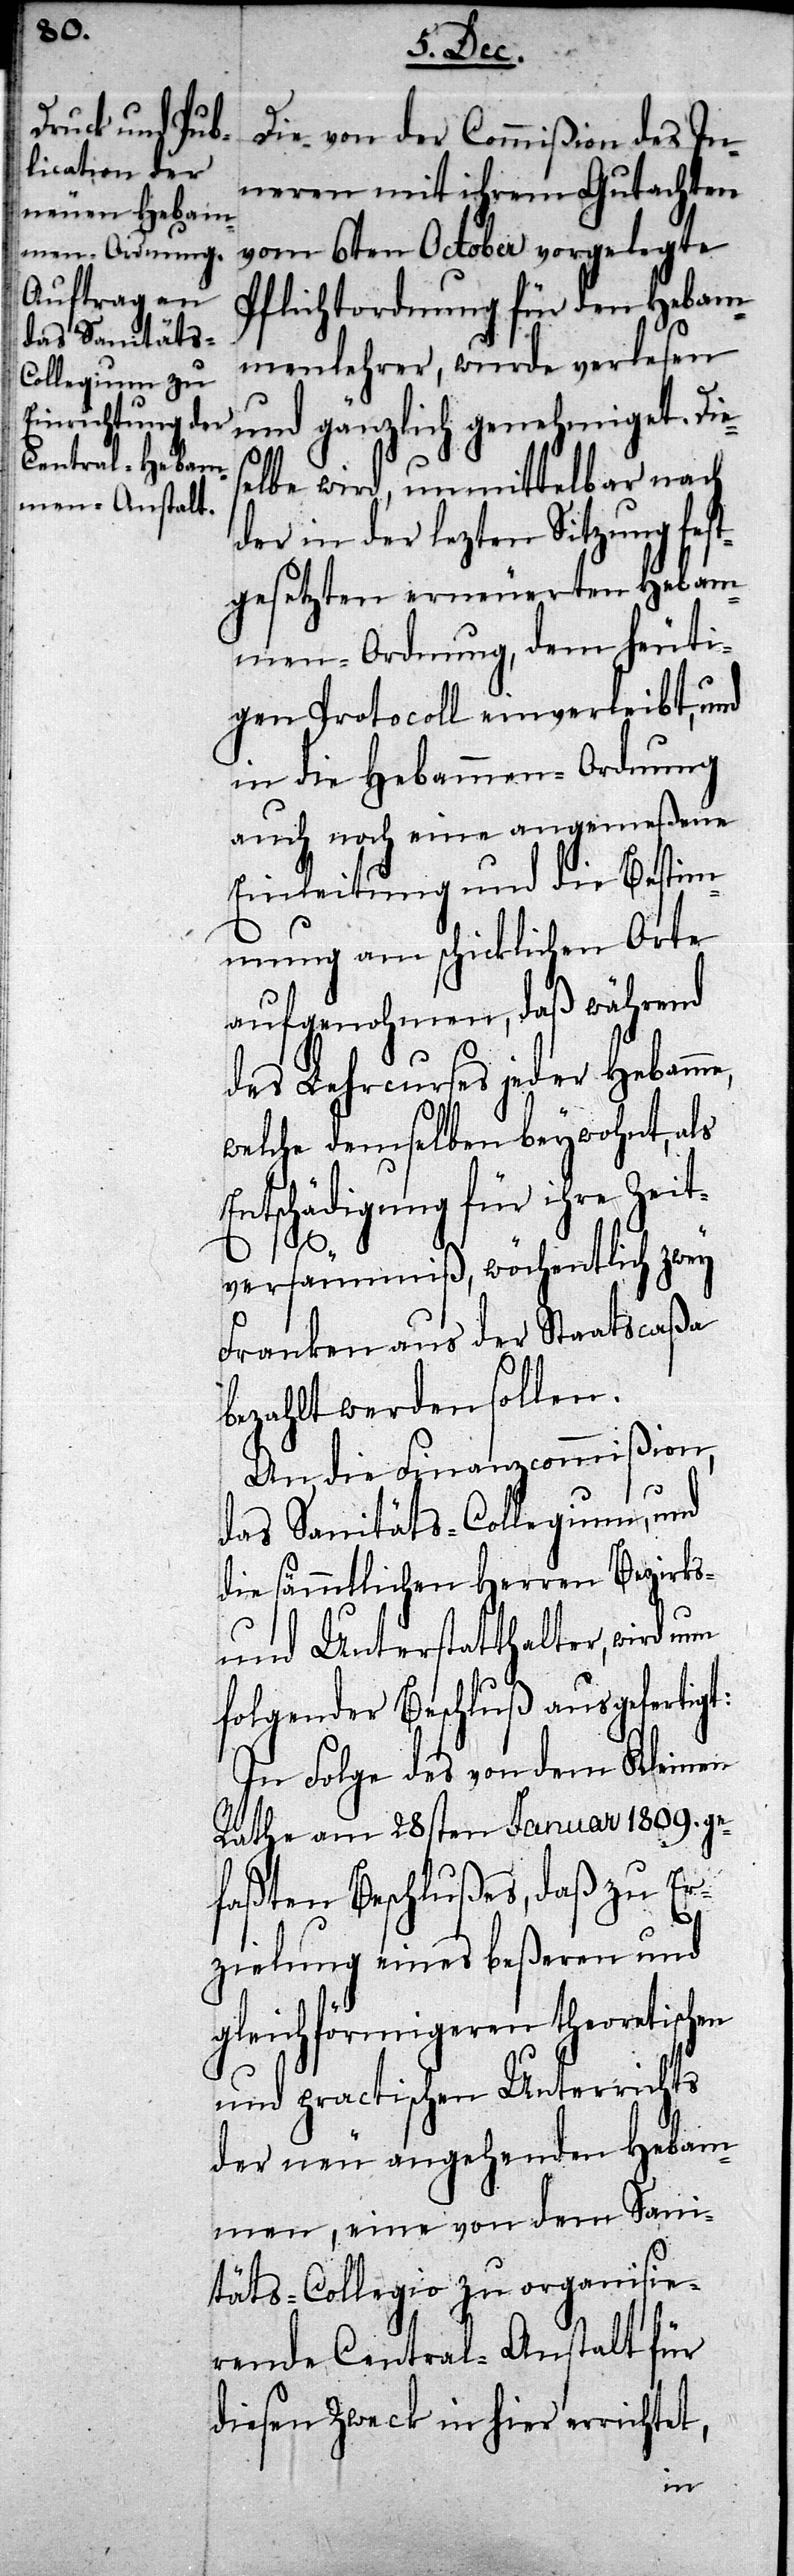
Die von der Commißion des In¬
neren mit ihrem Gutachten
vom 6ten October vorgelegte
Pflichtordnung für den Hebam¬
menlehrer, wurde verlesen
und gänzlich genehmiget. Die¬
selbe wird, unmittelbar nach
der in der lezten Sitzung fes¬
tgesetzten erneuerten Hebam¬
men-Ordnung, dem heuti¬
gen Protocoll einverleibt, und
in die Hebammen-Ordnung
auch noch eine angemeßene
Einleitung und die Bestim¬
mung am schicklichen Orte
aufgenohmen, daß während
des Lehrcurses jeder Hebamme,
welche demselben beywohnt, als
Entschädigung für ihre Zeit¬
versäumniß, wöchentlich zwey
Franken aus der Staatscaßa
bezahlt werden sollen.
An die Finanzcommißion,
das Sanitäts-Collegium, und
die sämmtlichen Herren Bezirks-
und Unterstatthalter, wird nun
folgender Beschluß ausgefertiget:
In Folge des von dem Kleinen
Rathe am 28sten Januar 1809. ge¬
faßten Beschlußes, daß zu Er¬
zielung eines beßeren und
gleichförmigeren theoretischen
und practischen Unterrichts
der neu angehenden Hebam¬
men, eine von dem Sani¬
täts-Collegio zu organisie¬
rende Central-Anstalt für
diesen Zweck in hier errichtet,